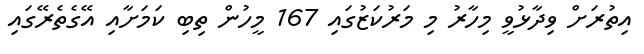
އިތުރަށް ވިދާޅުވީ މިހާރު މި މަރުކަޒުގައި 167 މީހުން ތިބި ކަމަށާއި އޭގެތެރޭގައި